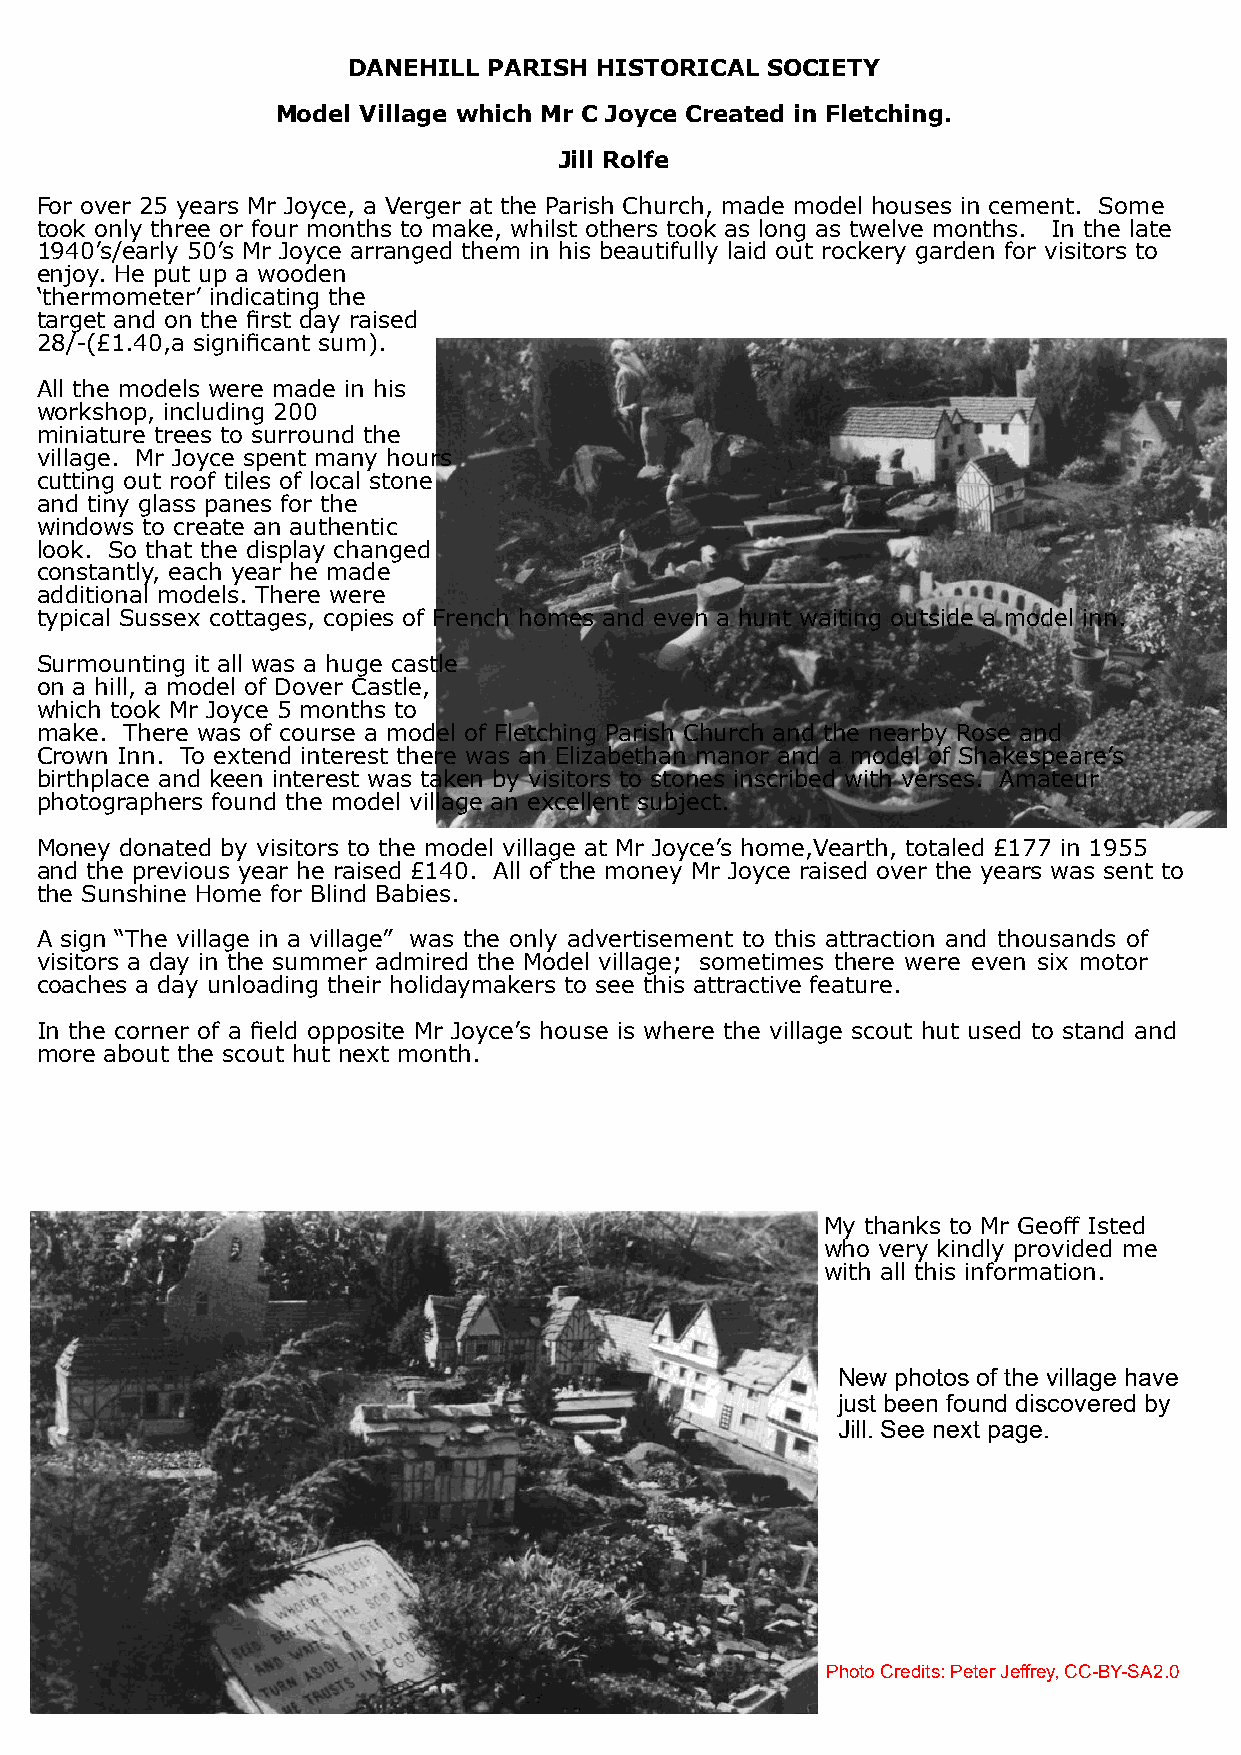
DANEHILL PARISH HISTORICAL  SOCIETY
 Model Village which Mr C Joyce Created in Fletching.
 Jill Rolfe
 For over 25 years Mr Joyce, a Verger at the Parish Church, made model houses in cement. Some
 took only three or four months to make, whilst others took as long as twelve months. In the late
 1940’s/early 50’s Mr Joyce arranged them in his beautifully laid out rockery garden for visitors to
 enjoy. He put up a wooden
 ‘thermometer’ indicating the
 target and on the first day raised
 28/-(£1.40,a significant sum).
 All the models were made in his
 workshop, including 200
 miniature trees to surround the
 village. Mr Joyce spent many hours
 cutting out roof tiles of local stone
 and tiny glass panes for the
 windows to create an authentic
 look. So that the display changed
 constantly, each year he made
 additional models. There were
 typical Sussex cottages, copies of French homes and even a hunt waiting outside a model inn.
 Surmounting it all was a huge castle
 on a hill, a model of Dover Castle,
 which took Mr Joyce 5 months to
 make. There was of course a model of Fletching Parish Church and the nearby Rose and
 Crown Inn. To extend interest there was an Elizabethan manor and a model of Shakespeare’s
 birthplace and keen interest was taken by visitors to stones inscribed with verses. Amateur
 photographers found the model village an excellent subject.
 Money donated by visitors to the model village at Mr Joyce’s home,Vearth, totaled £177 in 1955
 and the previous year he raised £140. All of the money Mr Joyce raised over the years was sent to
 the Sunshine Home for Blind Babies.
 A sign “The village in a village” was the only advertisement to this attraction and thousands of
 visitors a day in the summer admired the Model village; sometimes there were even six motor
 coaches a day unloading their holidaymakers to see this attractive feature.
 In the corner of a field opposite Mr Joyce’s house is where the village scout hut used to stand and
 more about the scout hut next month.
 My thanks to Mr Geoff Isted
 who very kindly provided me
 with all this information.
 New photos of the village have
 just been found discovered by
 Jill. See next page.
 PhotoCredits:PeterJeffrey,CC-BY-SA2.0